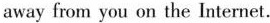
away from you on the Internet.